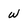
Character: w